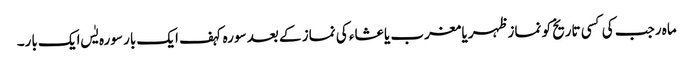
ماہ رجب کی کسی تاریخ کو نماز ظہر یا مغرب یا عشاء کی نماز کے بعد سورہ کہف ایک بار سورہ یٰس ایک بار۔